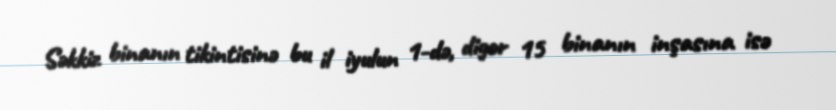
Səkkiz binanın tikintisinə bu il iyulun 1-də, digər 15 binanın inşasına isə